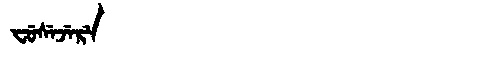
Manchu: ᠸᡠᠰᡝᠵᡝᡵᡝ
Romanization: FUSEJERE